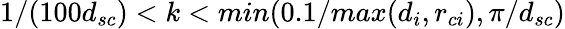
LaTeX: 1/(100d_{sc})<k<min(0.1/max(d_{i},r_{ci}),\pi/d_{sc})